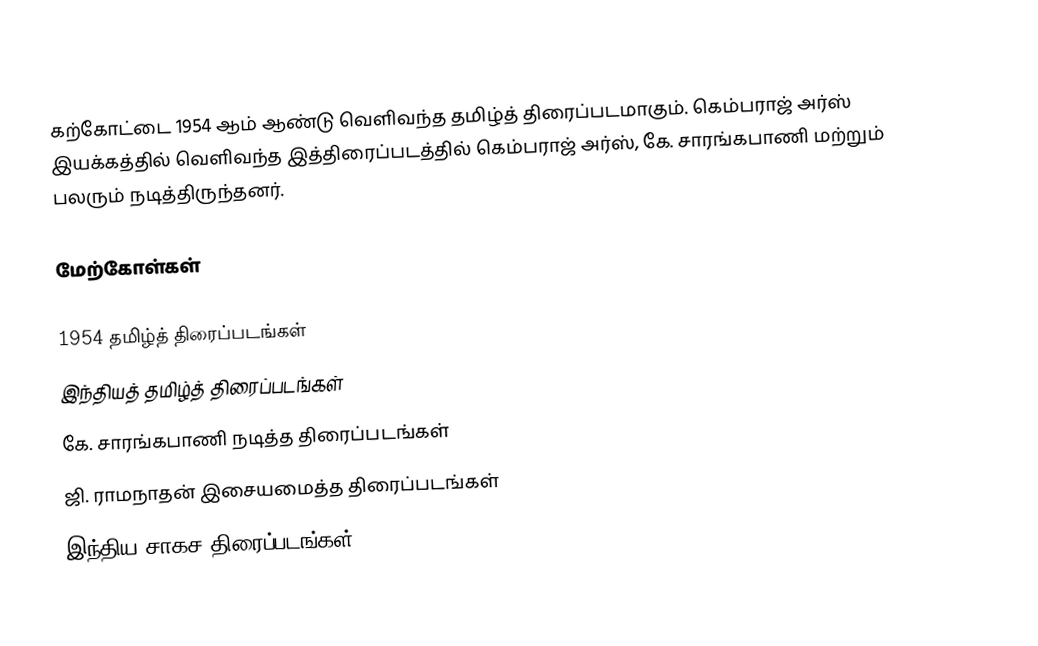
கற்கோட்டை 1954 ஆம் ஆண்டு வெளிவந்த தமிழ்த் திரைப்படமாகும். கெம்பராஜ் அர்ஸ் இயக்கத்தில் வெளிவந்த இத்திரைப்படத்தில் கெம்பராஜ் அர்ஸ், கே. சாரங்கபாணி மற்றும் பலரும் நடித்திருந்தனர்.

மேற்கோள்கள்

1954 தமிழ்த் திரைப்படங்கள்
இந்தியத் தமிழ்த் திரைப்படங்கள்
கே. சாரங்கபாணி நடித்த திரைப்படங்கள்
ஜி. ராமநாதன் இசையமைத்த திரைப்படங்கள்
இந்திய சாகச திரைப்படங்கள்